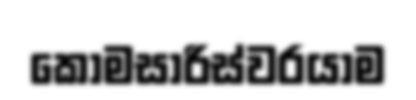
කොමසාරිස්වරයාම